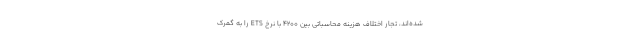
شده‌اند، تجار اختلاف هزینه محاسباتی بین ۴۲۰۰ با نرخ ETS را به گمرک